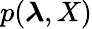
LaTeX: p(\boldsymbol{\lambda},X)